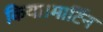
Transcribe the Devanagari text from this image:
किया।मार्टिन